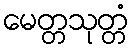
မေတ္တသုတ္တံ